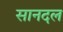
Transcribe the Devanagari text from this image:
सानदल